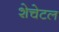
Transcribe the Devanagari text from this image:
शेचेटल